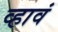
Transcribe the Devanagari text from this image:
व्‍हावं